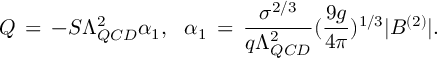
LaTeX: Q \, = \, - S \Lambda _ { Q C D } ^ { 2 } \alpha _ { 1 } , ~ ~ \alpha _ { 1 } \, = \, \frac { \sigma ^ { 2 / 3 } } { q \Lambda _ { Q C D } ^ { 2 } } ( \frac { 9 g } { 4 \pi } ) ^ { 1 / 3 } | B ^ { ( 2 ) } | .